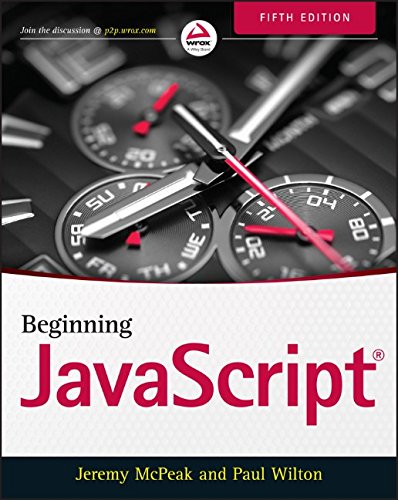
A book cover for Beginning JavaScript; Jeremy McPeak; Computers & Technology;